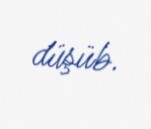
düşüb.